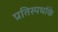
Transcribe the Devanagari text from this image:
प्रतिस्पर्धाके